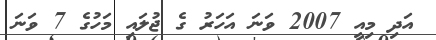
އަދި މިއީ 2007 ވަނަ އަހަރު ގެ ޖުލައި މަހުގެ 7 ވަނަ